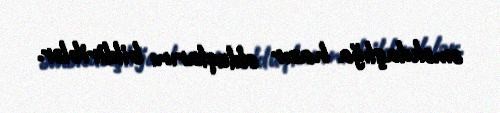
əməkdaşlığa hazır olduqlarını bildiriblər.